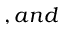
, a n d